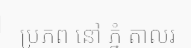
ប្រភព នៅ ភ្នំ តាលរ